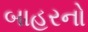
બાહરનો